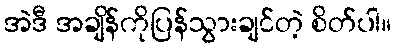
အဲဒီ အချိန်ကိုပြန်သွားချင်တဲ့ စိတ်ပါ။